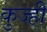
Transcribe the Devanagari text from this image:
कुज्ही